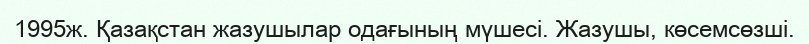
1995ж. Қазақстан жазушылар одағының мүшесі. Жазушы, көсемсөзші.